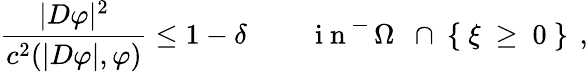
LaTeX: \frac{|D\varphi|^{2}}{c^{2}(|D\varphi|,\varphi)}\leq 1-\delta\qquad\, \mathrm{~i~n~\overline{~}{~\Omega~}~\cap~\{ ~\xi~\geq~0~\} ~}\, ,